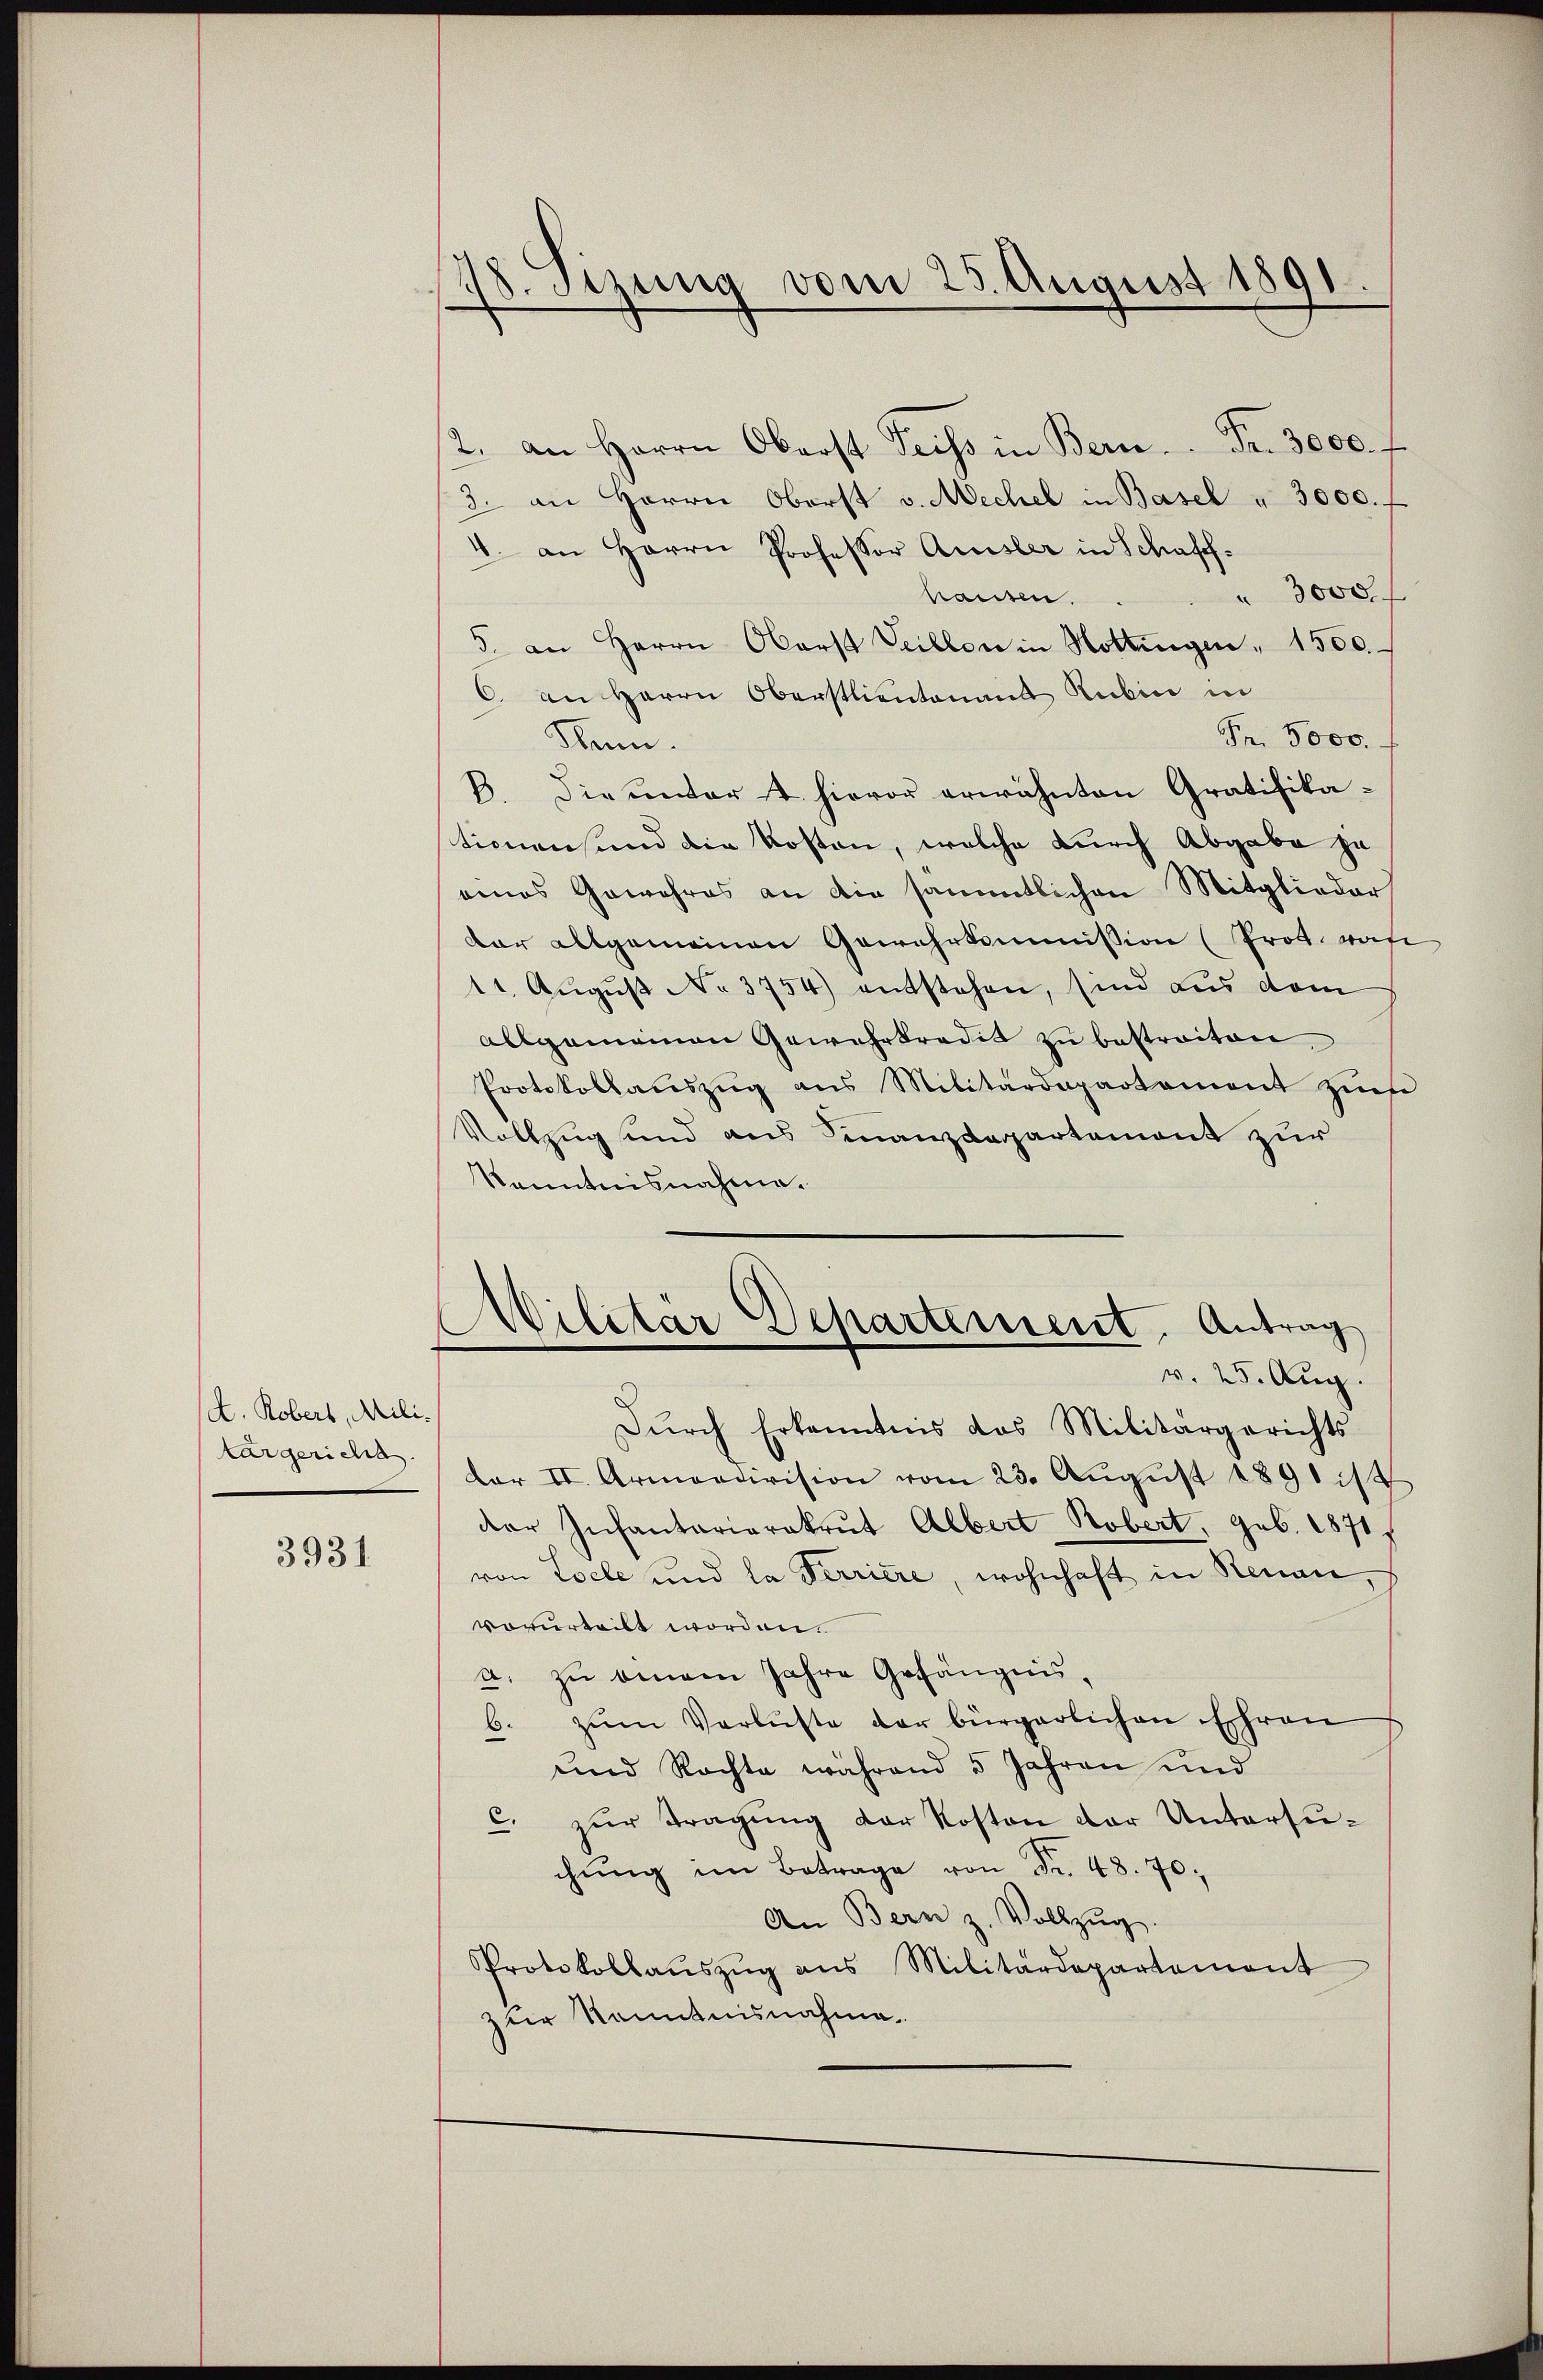
A. Robers, Militargericht.

3931

78. Sitzung vom 25. August 1891.

12. an Herrn Oberst Feiss in Bern. Fr. 3000. f
3. an Herrn Oberst v. Mechel in Basel " 3000. f
4. an Herrn Professor Quisler in Schaff¬
 3000 f
hausen.
5. an Herrn Oberst Teillon in Hottingen " 1500
C. an Herrn Oberstlieutenaus Rubin in
Fr. 5000.
Henn.
B. Die unter 4. hievor erwähnten Gratifikationens und die Kosten, welche durch Abgabe ja
eines Gewahres an die sämmtlichen Mitglieder
dar allgemeinen Gewehrkommission (Prot. rate
11. August No. 3754) entstehen, sind aus dem
allgemeinen Gewehrkredit zu bestreiten,
Protokollaŭszŭg ans Militärdepartement zŭse
Vollzug und aus Finanzdepartement zur
Kenntnisnahme.
A
Militär Departement. Antrag
v. 25. Aug.
Dŭrch Erkenntnis das Militärgerichts-
Dar II. Armendivision vom 23. Aŭgŭst 1891 14
der Infantariarekrut Albert Robert, geb. 1871
von Loele und la Ferriere, wohnhaft in Renau,
vorurteilt worden.
a. zu einem Jahre Gefängnis,
b. zŭm Verluste der bürgerlichen Ehren
und Rechte während 5 Jahren und
c. zŭr Tragŭng der Kosten der Untersuchung im Betrage von Nr. 48. 70.
An Bern z. Vollzŭg.
Protokollaŭszŭg ans Militärdepartement
zur Kenntnisnahme.